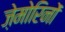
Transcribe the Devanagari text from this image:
ज़ेमोरिनों